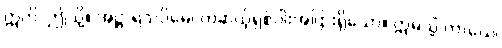
ဣတိ၊ ဤသို့။ အဋ္ဌာရသဝိဓေ၊ တဆယ့်ရှစ်ပါးအပြားရှိသော။ ဣမသ္မိံ ကာယေ၊